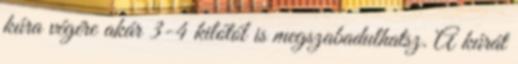
kúra végére akár 3-4 kilótól is megszabadulhatsz. A kúrát